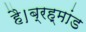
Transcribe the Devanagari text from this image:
है।ब्रह्मांड